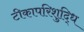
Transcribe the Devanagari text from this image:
टीकापरिशुद्धि